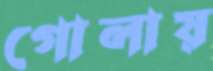
গোলায়